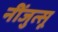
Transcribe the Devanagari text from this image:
नींजुत्सू